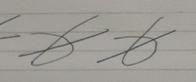
Signature authenticity: forged